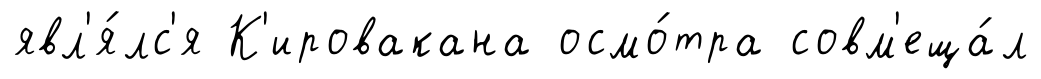
явл'я́лс'я К'ировакана осмо́тра совм'еща́л